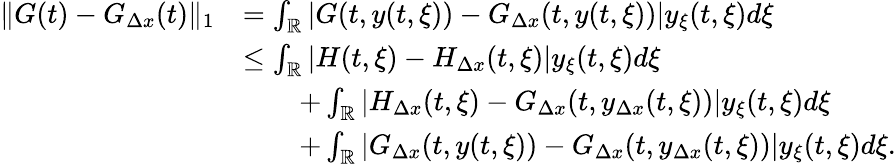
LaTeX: \begin{array}{rl}{\| G(t)-G_{\Delta x}(t)\| _{1}}&{=\int_{\mathbb{R}}|G(t,y(t,\xi))-G_{\Delta x}(t,y(t,\xi))|y_{\xi}(t,\xi)d\xi}\\ &{\leq\int_{\mathbb{R}}|H(t,\xi)-H_{\Delta x}(t,\xi)|y_{\xi}(t,\xi)d\xi}\\ &{\qquad+\int_{\mathbb{R}}|H_{\Delta x}(t,\xi)-G_{\Delta x}(t,y_{\Delta x}(t,\xi))|y_{\xi}(t,\xi)d\xi}\\ &{\qquad+\int_{\mathbb{R}}|G_{\Delta x}(t,y(t,\xi))-G_{\Delta x}(t,y_{\Delta x}(t,\xi))|y_{\xi}(t,\xi)d\xi.}\end{array}